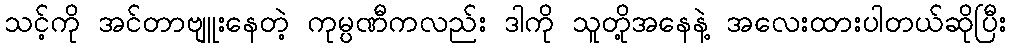
သင့်ကို အင်တာဗျူးနေတဲ့ ကုမ္ပဏီကလည်း ဒါကို သူတို့အနေနဲ့ အလေးထားပါတယ်ဆိုပြီး